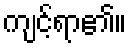
ကျင့်ရာ၏။